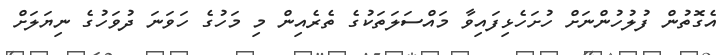
އެގޮތުން ފުލުހުންނަށް ހުށަހެޅިފައިވާ މައްސަލަތަކުގެ ތެރެއިން މި މަހުގެ ހަވަނަ ދުވަހުގެ ނިޔަލަށް